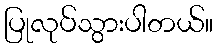
ပြုလုပ်သွားပါတယ်။